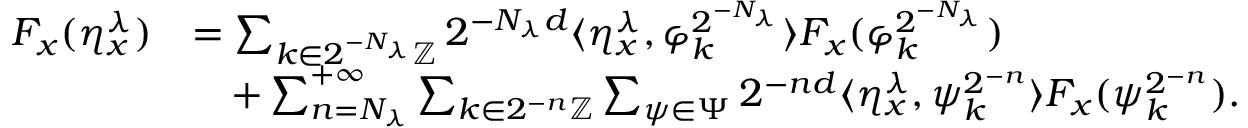
\begin{array} { r l } { F _ { x } ( \eta _ { x } ^ { \lambda } ) } & { = \sum _ { k \in 2 ^ { - N _ { \lambda } } \mathbb { Z } } 2 ^ { - N _ { \lambda } d } \langle \eta _ { x } ^ { \lambda } , \varphi _ { k } ^ { 2 ^ { - N _ { \lambda } } } \rangle F _ { x } ( \varphi _ { k } ^ { 2 ^ { - N _ { \lambda } } } ) } \\ & { \quad + \sum _ { n = N _ { \lambda } } ^ { + \infty } \sum _ { k \in 2 ^ { - n } \mathbb { Z } } \sum _ { \psi \in \Psi } 2 ^ { - n d } \langle \eta _ { x } ^ { \lambda } , \psi _ { k } ^ { 2 ^ { - n } } \rangle F _ { x } ( \psi _ { k } ^ { 2 ^ { - n } } ) . } \end{array}